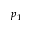
p _ { 1 }